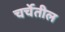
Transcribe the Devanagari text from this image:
चर्चेतील